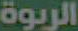
الربوة